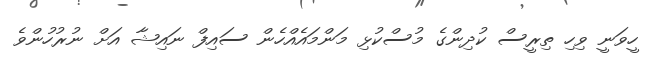
ހީވަނީ ވިހި ތިރީސް ކުދިންގެ މުސްކުޅި މަންމައެއްހެން ސައިފް ނައިޝާ އަށް ނުރުހުންވެ